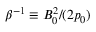
\beta ^ { - 1 } \equiv B _ { 0 } ^ { 2 } / ( 2 p _ { 0 } )